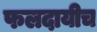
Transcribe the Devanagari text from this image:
फलदायीच